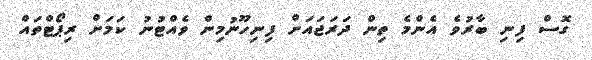
ގޮސް ފިނި ބާރުވެ އެންމެ ތިން ދަރަޖައަށް ފިނިހޫނުމިން ވެއްޓުނު ކަަމަށް ރިޕޯޓްތައް